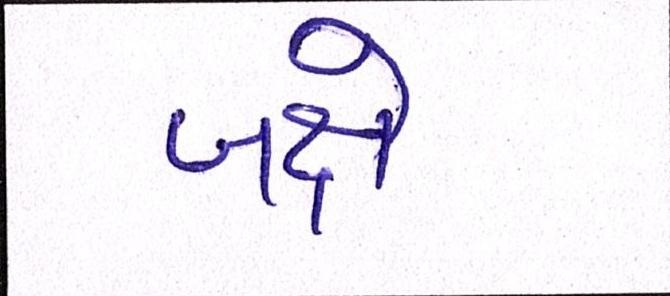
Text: બક્ષે